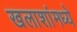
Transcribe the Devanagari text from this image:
खलाशांमध्ये